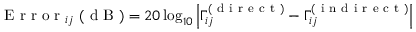
\mathrm { ~ E ~ r ~ r ~ o ~ r ~ } _ { i j } \ ( \mathrm { ~ d ~ B ~ } ) = 2 0 \log _ { 1 0 } \left| \Gamma _ { i j } ^ { ( \mathrm { ~ d ~ i ~ r ~ e ~ c ~ t ~ } ) } - \Gamma _ { i j } ^ { ( \mathrm { ~ i ~ n ~ d ~ i ~ r ~ e ~ c ~ t ~ } ) } \right|